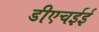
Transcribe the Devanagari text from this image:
डीएचईई